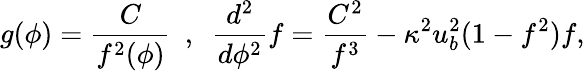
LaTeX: g(\phi)=\frac{C}{f^{2}(\phi)}\ \ ,\ \ \frac{d^{2}}{d\phi^{2}}f=\frac{C^{2}}{f^{3}}-\kappa^{2}u_{b}^{2}(1-f^{2})f,